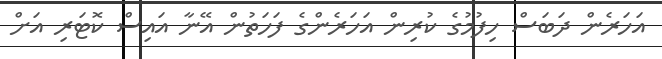
އަހަރެން ދަބަސް ހިފުމުގެ ކުރިން އަހަރެންގެ ފަހަތުން އޭނާ އައިސް ކޮޓަރި އަށް